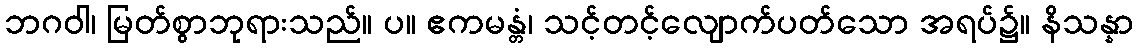
ဘဂဝါ၊ မြတ်စွာဘုရားသည်။ ပ။ ဧကမန္တံ၊ သင့်တင့်လျောက်ပတ်သော အရပ်၌။ နိသန္နာ